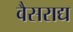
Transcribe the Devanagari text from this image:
वैसराद्य